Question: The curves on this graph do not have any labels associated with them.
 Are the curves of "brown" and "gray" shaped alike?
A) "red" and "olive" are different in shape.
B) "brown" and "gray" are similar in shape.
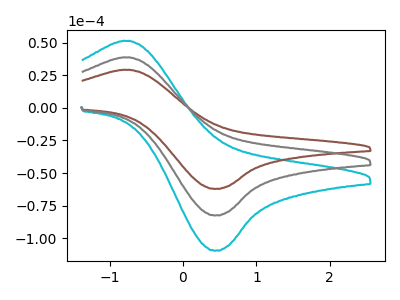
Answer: <think>The cyan curve "cyan" has an anodic peak at (-0.70V, 77.15uA) and a cathodic peak at (0.45V, -164.85uA). The brown curve "brown" has an anodic peak at (-0.70V, 29.05uA) and a cathodic peak at (0.45V, -62.10uA). The gray curve "gray" has an anodic peak at (-0.70V, 38.60uA) and a cathodic peak at (0.45V, -82.45uA).
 All the peaks in "brown" have a peak in "gray" at the same potential. Every peak in "brown" is lower than every peak in "gray".</think>
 <answer>B) "brown" and "gray" are similar in shape.</answer>
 <eval>B</eval>